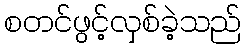
စတင်ဖွင့်လှစ်ခဲ့သည်